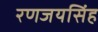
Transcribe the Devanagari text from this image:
रणजयसिंह